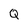
Character: Q